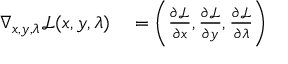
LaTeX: \begin{array} { r l } { \nabla _ { x , y , \lambda } { \mathcal { L } } ( x , y , \lambda ) } & { { } = \left( { \frac { \partial { \mathcal { L } } } { \partial x } } , { \frac { \partial { \mathcal { L } } } { \partial y } } , { \frac { \partial { \mathcal { L } } } { \partial \lambda } } \right) } \end{array}